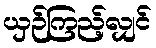
ယှဉ်ကြည့်လျှင်